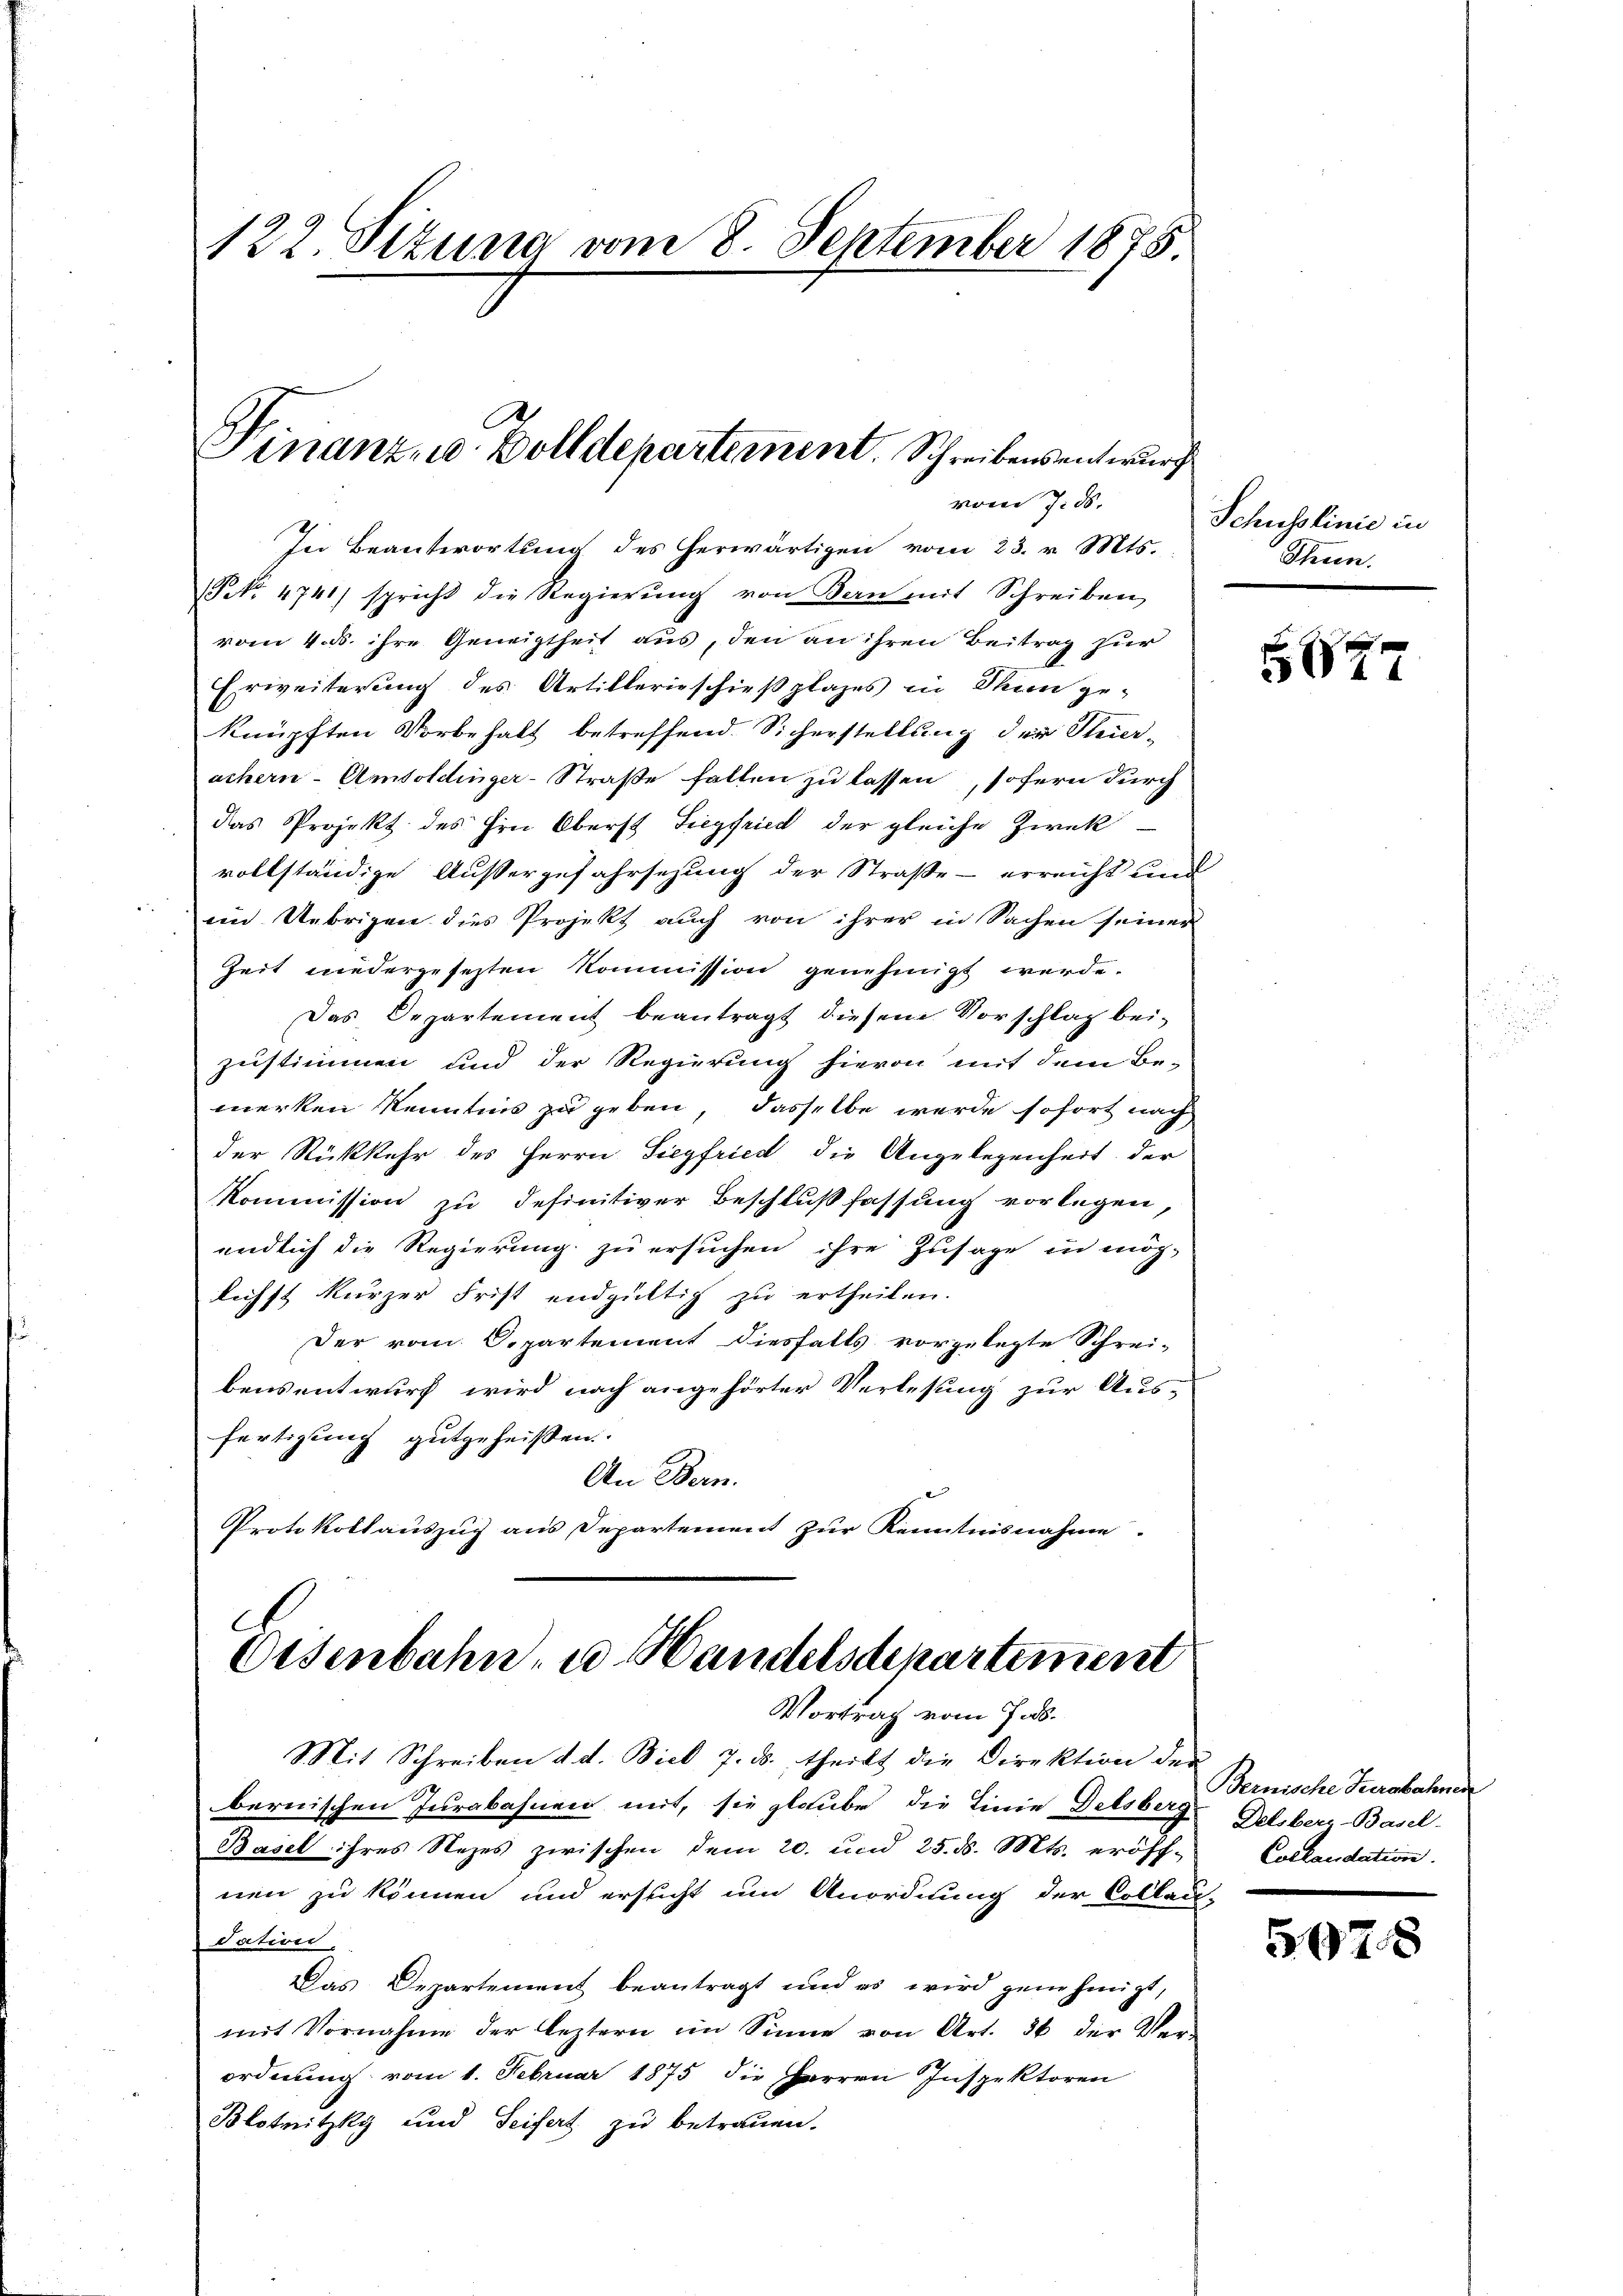
122. Sizung vom 8. September 1875.

vom 7. ds.
In Beantwortung des herwärtigen vom 23. v. Mts.
(Nr. 4741) spricht die Regierŭng von Bern mit Schreiben
vom 4. ds. ihre Geneigtheit aus, den an ihren Beitrag zur
Erweiterung des Artillerieschießplazes in Thun geknüpften Vorbehalt betreffend Sicherstellung der Steier-
achern-Amtoldinger-Straße fallen zu lassen, sofern durch
das Projekt des Hrn. Oberst Siegfried der gleiche Zwek
vollständige Aussergefahrsezung der Straße - erreicht und
eim Uebrigen dies Projekt auch von ihrer in Sachen seiner
Zeit niedergesetzten Kommission genehmigt werde.
Das Departement beantragt diesem Vorschlag bei-
zustimmen und der Regierung hievon mit dem Be-
merken Kenntnis zu geben, dasselbe werde sofort nach
der Rückkehr des Herrn Siegfried die Angelegenheit der
Kommission zu definitiver Beschlußfassung vorlegen
endlich die Regierung zu ersuchen ihre Zusage in mög-
lichst kurzer Frist endgültig zu ertheilen.
Der vom 6. partement diesfalls vorgelegte Schrei-
bens entwurf wird nach angehörter Verlesung zur Aus-
fertigung gutgeheißen.
An Bern.
Protokollauszug aus Departement zur Kenntnisnahme.

Finanz- u. Bolldepartement. Schreibensentwurf

C
Eisenbahn, u. Handelsdepartement
Vortrag vom Jas.

Mit Schreiben d. d. Biel 7. ds. theilt die Direktion der
bernischen Jurabahnen mit, sie glaube die Linie Dettber-Vernische Turabahnen
Basel ihres Nezes zwischen dem 20. und 25. d. Mts. eröff-Collaudation.
nen zu können und ersucht um Anordnung der Collaci-
Tation.
Das Departement beantragt und es wird genehmigt,
mit Vornahme der leztern im Sinne von Art. 36 der Ver-
ordnung vom 1. Februar 1875 die Harren Inspektoren
Blotnitzky und Seifert zu betrauen.

Schusslinie in
Stenn.

77

Delsber-Basel-

597.

3